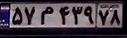
۵۷م۴۳۹۷۸